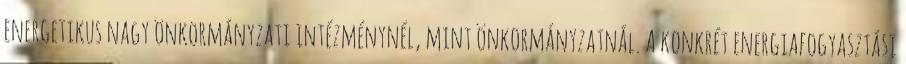
energetikus nagy önkormányzati intézménynél, mint önkormányzatnál. A konkrét energiafogyasztási